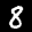
Label: 8